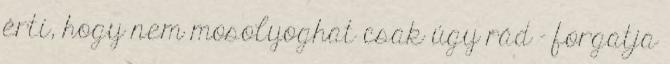
érti, hogy nem mosolyoghat csak úgy rád - forgatja